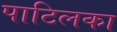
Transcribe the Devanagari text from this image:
पाटिलका